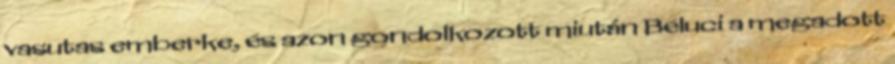
vasutas emberke, és azon gondolkozott miután Béluci a megadott